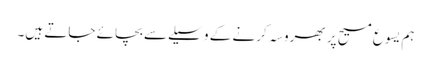
ہم یسوع مسیح پر بھروسہ کرنے کے وسیلےسے بچائے جاتے ہیں۔